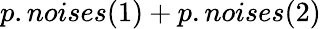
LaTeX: p.noises(1)+p.noises(2)